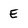
Character: E